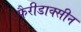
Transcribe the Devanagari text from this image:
फैरीडाक्सीन